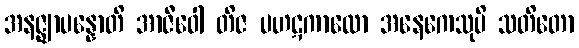
အနဇ္ဈာပန္နောတိ အာဇီဝေါ တိဇ ပဟဋကာလော အနေကေသုပိ သတိတော